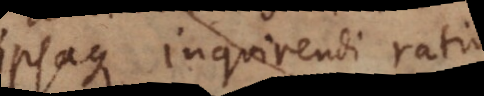
ipsaque inquirendi ratio